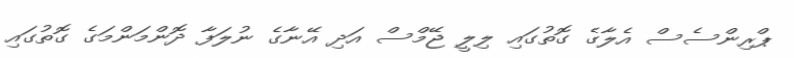
ޕްރިންސެސް އެލާގެ ގޮތުގައި ލިލީ ޖޭމްސް އަދި އޭނާގެ ނުލަފާ ދޮންމަންމަގެ ގޮތުގައި